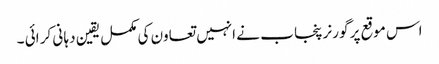
اس موقع پر گورنر پنجا ب نے انہیں تعاون کی مکمل یقین دہا نی کر ائی ۔